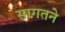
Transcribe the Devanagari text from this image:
सागतने